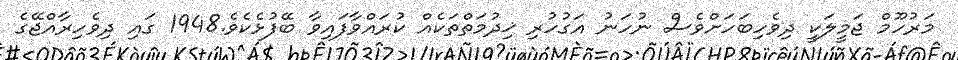
މަރުހޫމް ޖަމީލަކީ ދިވެހިބަހަށްވެސް ނުހަނު އަގުހުރި ޚިދުމަތްތަކެއް ކުރައްވާފައިވާ ބޭފުޅެކެވެ.1948 ގައި ދިވެހިރާއްޖޭގެ